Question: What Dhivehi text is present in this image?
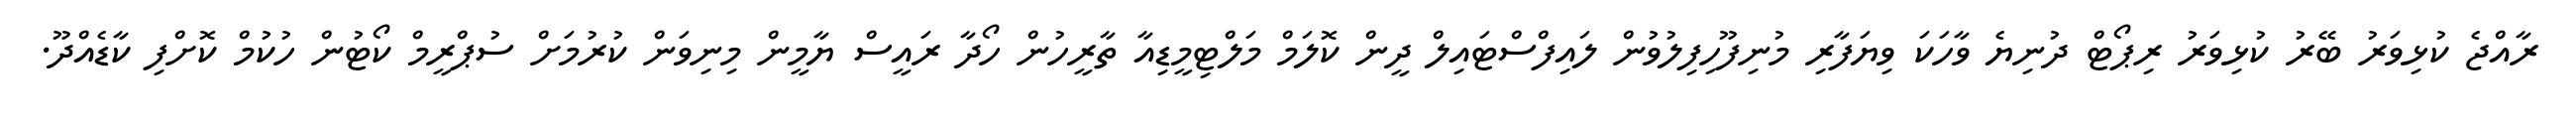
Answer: ރާއްޖެ ކުޅިވަރު ބޭރު ކުޅިވަރު ރިޕޯޓް ދުނިޔެ ވާހަކަ ވިޔަފާރި މުނިފޫހިފިލުވުން ލައިފްސްޓައިލް ދީން ކޮލަމް މަލްޓިމީޑިއާ ތާރީހުން ހޯދާ ރައީސް ޔާމީން މިނިވަން ކުރުމަށް ސުޕްރީމް ކޯޓުން ހުކުމް ކޮށްފި ކާޑެއްދޫ.